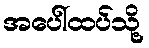
အပေါ်ထပ်သို့